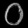
Digit: ၀